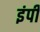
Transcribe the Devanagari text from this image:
इंपी